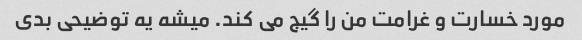
مورد خسارت و غرامت من را گیج می کند. میشه یه توضیحی بدی